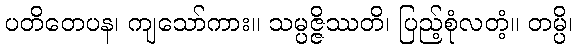
ပတိတေပန၊ ကျသော်ကား။ သမ္ပဇ္ဇိဿတိ၊ ပြည့်စုံလတံ့။ တမ္ပိ၊